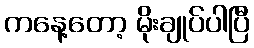
ကနေ့တော့ မိုးချုပ်ပါပြီ